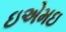
ઇએમઇ